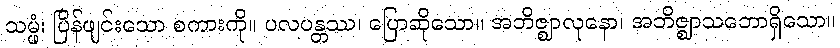
သမ္ဖံ၊ ပြိန်ဖျင်းသော စကားကို။ ပလပန္တဿ၊ ပြောဆိုသော။ အဘိဇ္ဈာလုနော၊ အဘိဇ္ဈာသဘောရှိသော။